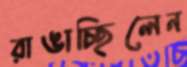
রাঙাচ্ছিলেন